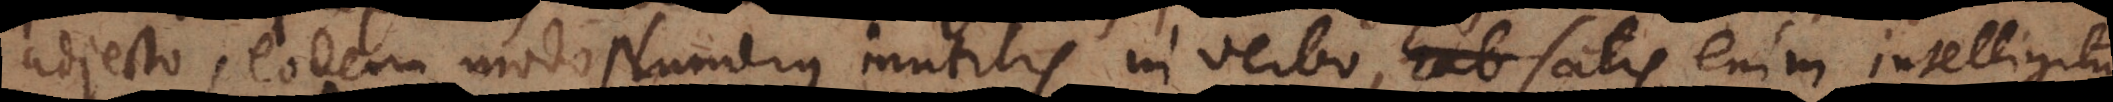
adjecto, eodem modo Numerus inutilis in verbo, satis enim intelligitur